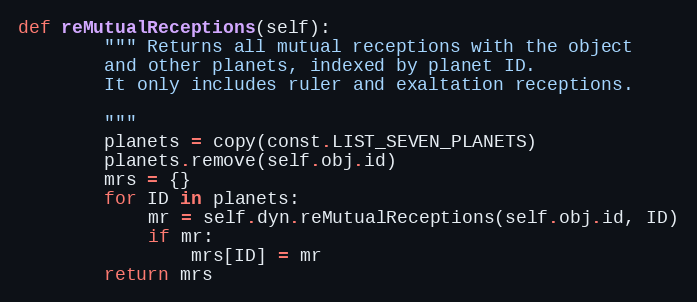
Language: Python
def reMutualReceptions(self):
        """ Returns all mutual receptions with the object
        and other planets, indexed by planet ID.
        It only includes ruler and exaltation receptions.

        """
        planets = copy(const.LIST_SEVEN_PLANETS)
        planets.remove(self.obj.id)
        mrs = {}
        for ID in planets:
            mr = self.dyn.reMutualReceptions(self.obj.id, ID)
            if mr:
                mrs[ID] = mr
        return mrs